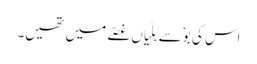
اس کی بوٗ سے بلّیاں غصّے میں تھیں۔